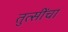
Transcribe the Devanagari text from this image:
तुत्‍सींचा